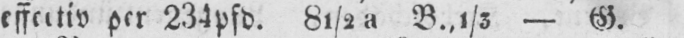
effectiv per 234pfd. 81/2 a B.,1/3 - G.